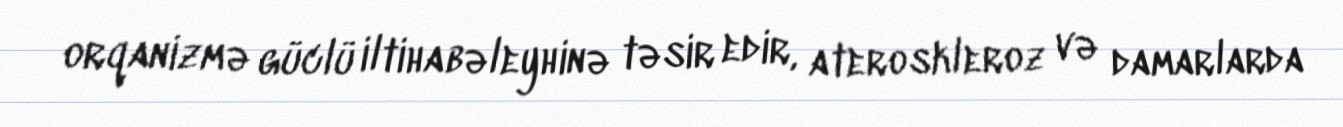
orqanizmə güclü iltihabəleyhinə təsir edir, ateroskleroz və damarlarda